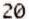
20